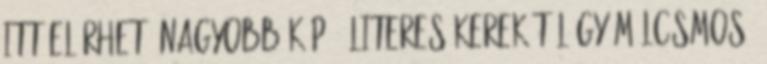
itt elérhető Nagyobb kép 4 literes kerek tál Gyümölcsmosó